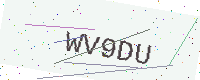
Text: WV9DU